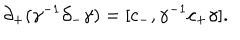
\partial _ { + } ( \gamma ^ { - 1 } \partial _ { - } \gamma ) = [ c _ { - } , \gamma ^ { - 1 } c _ { + } \gamma ] .